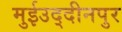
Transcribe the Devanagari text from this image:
मुईउद्दीनपुर